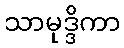
သာမုဒ္ဒိကာ